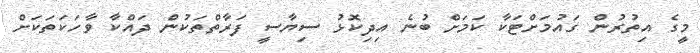
މީގެ އިތުރުން ގައުމަށްޓަކާ ކަމަށް ބުނެ އިދިކޮޅު ސިޔާސީ ފަރާތްތަކުން ދައްކާ ވާހަކަތަކަށް